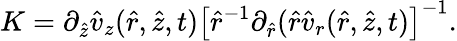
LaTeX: K=\partial_{\hat{z}}\hat{v}_{z}(\hat{r},\hat{z},t)\left[\hat{r}^{-1}\partial_{\hat{r}}(\hat{r}\hat{v}_{r}(\hat{r},\hat{z},t)\right]^{-1}.